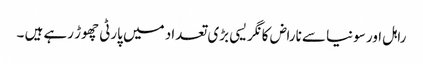
راہل اور سونیا سے ناراض کانگریسی بڑی تعداد میں پارٹی چھوڑ رہے ہیں ۔